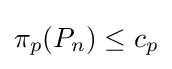
\pi _{p}(P_{n})\leq c_{p}